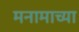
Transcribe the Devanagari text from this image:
मनामाच्या